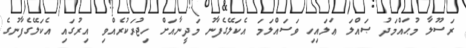
ރަސޫލާ މުޙައްމަދު ޞައްލަ ޢަލައިހި ވަސައްލަމަ އެކަލޭގެފާނު މަދީނާއަށް ހިޖުރަކުރެއްވި އިރުގައި އެކަލޭގެފާނުގެ